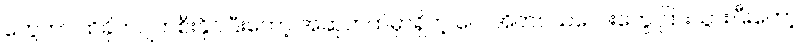
တွေဟာ ထိခိုက်ပျက်စီးနိုင်ပြီးတော့ အဆုတ်ထဲမှာရှိတဲ့ လေအိတ်ငယ်လေးတွေ ပြားသွားပြီးတော့